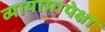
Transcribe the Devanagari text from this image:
व्यायामापेक्षा